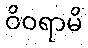
ဝိဝရာမိ